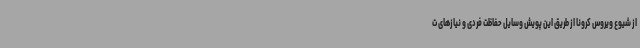
از شیوع ویروس کرونا از طریق این پویش وسایل حفاظت فردی و نیازهای ت